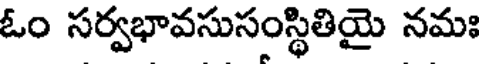
ఓం సర్వభావసుసంస్థితియై నమః